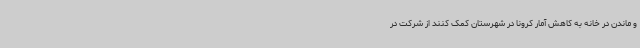
و ماندن در خانه به کاهش آمار کرونا در شهرستان کمک کنند از شرکت در